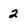
Character: 2